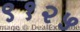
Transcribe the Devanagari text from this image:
९१२५